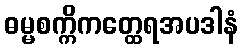
ဓမ္မစက္ကိကတ္ထေရအပဒါနံ